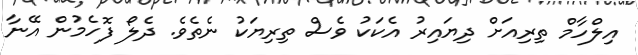
އިލްހާމް ތިރިއަށް ދިޔައިރު އެކަކު ވެސް ތިރިޔަކު ނެތެވެ. ދެލޯ ފޮހެމުން އޭނާ